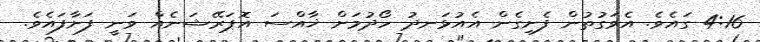
4:16 ގައެވެ. އެވަގުތުން ފެށިގެން އެއުޅަނދު ހޯދުމަށް ޚާއްސަ އޮޕަރޭޝަނެއް ވަނީ ފަށާފައެވެ.